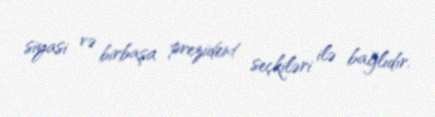
siyasi və birbaşa prezident seçkiləri ilə bağlıdır.